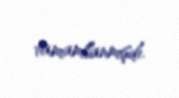
tamamlanmışdı.